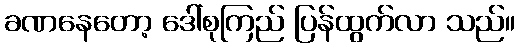
ခဏနေတော့ ဒေါ်စုကြည် ပြန်ထွက်လာ သည်။